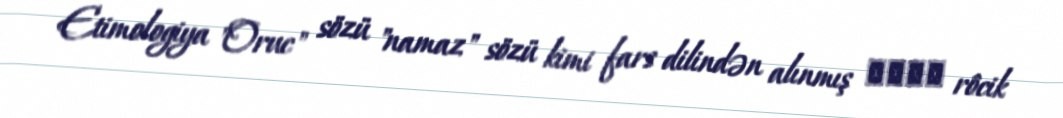
Etimologiya "Oruc" sözü "namaz" sözü kimi fars dilindən alınmış روجك rôcik